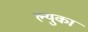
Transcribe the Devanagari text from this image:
ल्युका